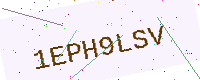
Text: 1EPH9LSV